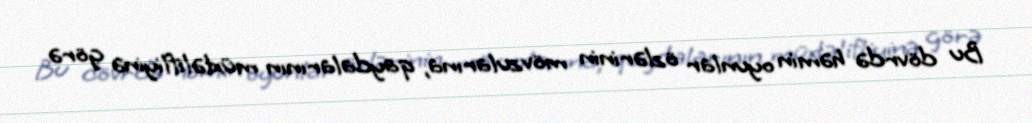
Bu dövrdə həmin oyunlar özlərinin mövzularına, qaydalarının müxtəlifliyinə görə